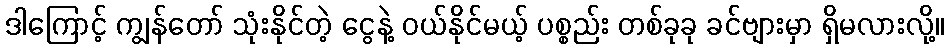
ဒါကြောင့် ကျွန်တော် သုံးနိုင်တဲ့ ငွေနဲ့ ဝယ်နိုင်မယ့် ပစ္စည်း တစ်ခုခု ခင်ဗျားမှာ ရှိမလားလို့။